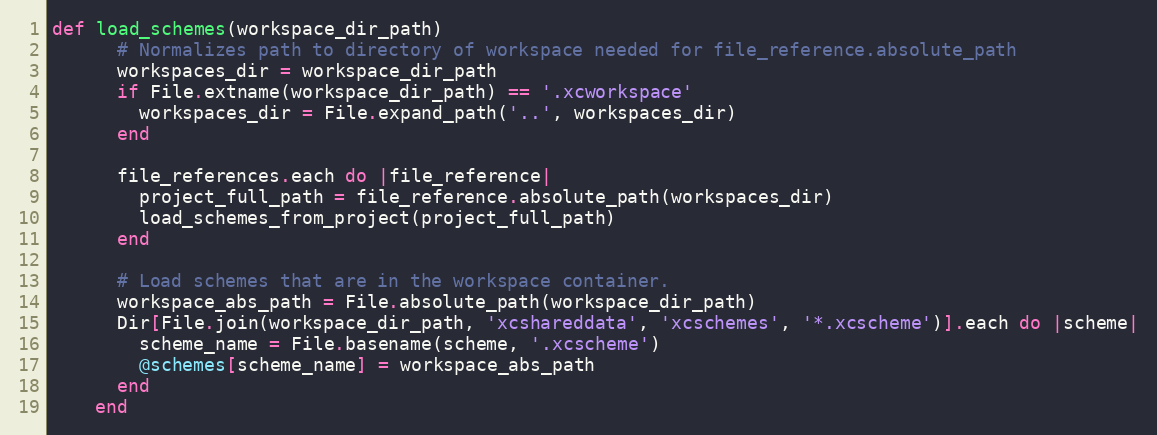
Language: Ruby
def load_schemes(workspace_dir_path)
      # Normalizes path to directory of workspace needed for file_reference.absolute_path
      workspaces_dir = workspace_dir_path
      if File.extname(workspace_dir_path) == '.xcworkspace'
        workspaces_dir = File.expand_path('..', workspaces_dir)
      end

      file_references.each do |file_reference|
        project_full_path = file_reference.absolute_path(workspaces_dir)
        load_schemes_from_project(project_full_path)
      end

      # Load schemes that are in the workspace container.
      workspace_abs_path = File.absolute_path(workspace_dir_path)
      Dir[File.join(workspace_dir_path, 'xcshareddata', 'xcschemes', '*.xcscheme')].each do |scheme|
        scheme_name = File.basename(scheme, '.xcscheme')
        @schemes[scheme_name] = workspace_abs_path
      end
    end